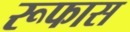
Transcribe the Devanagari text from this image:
रूफास